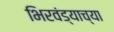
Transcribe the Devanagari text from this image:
भिरवंड्याच्या